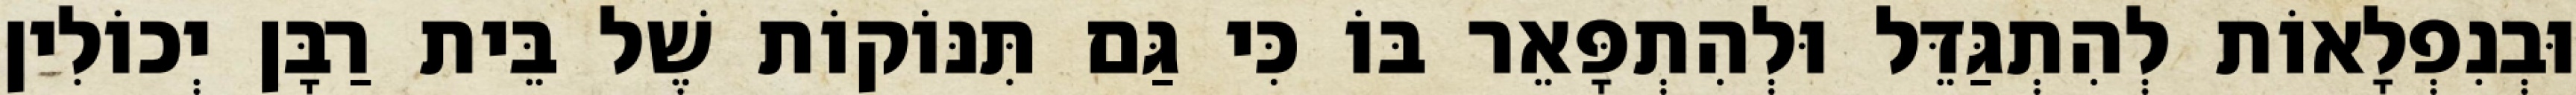
וּבְנִפְלָאוֹת לְהִתְגַּדֵּל וּלְהִתְפָּאֵר בּוֹ כִּי גַּם תִּנּוֹקוֹת שֶׁל בֵּית רַבָּן יְכוֹלִין